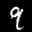
Label: 9